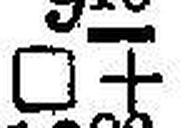
□ +